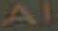
Al